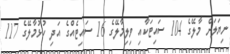
ނިޔަލަށް މާލޭގެ 104 ސައިޓަކާއި ވިލިމާލޭގެ 16 ސައިޓެއްގެ އަދި ހުޅުމާލޭގެ 117